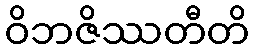
ဝိဘဇိဿတီတိ